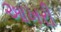
આખરી